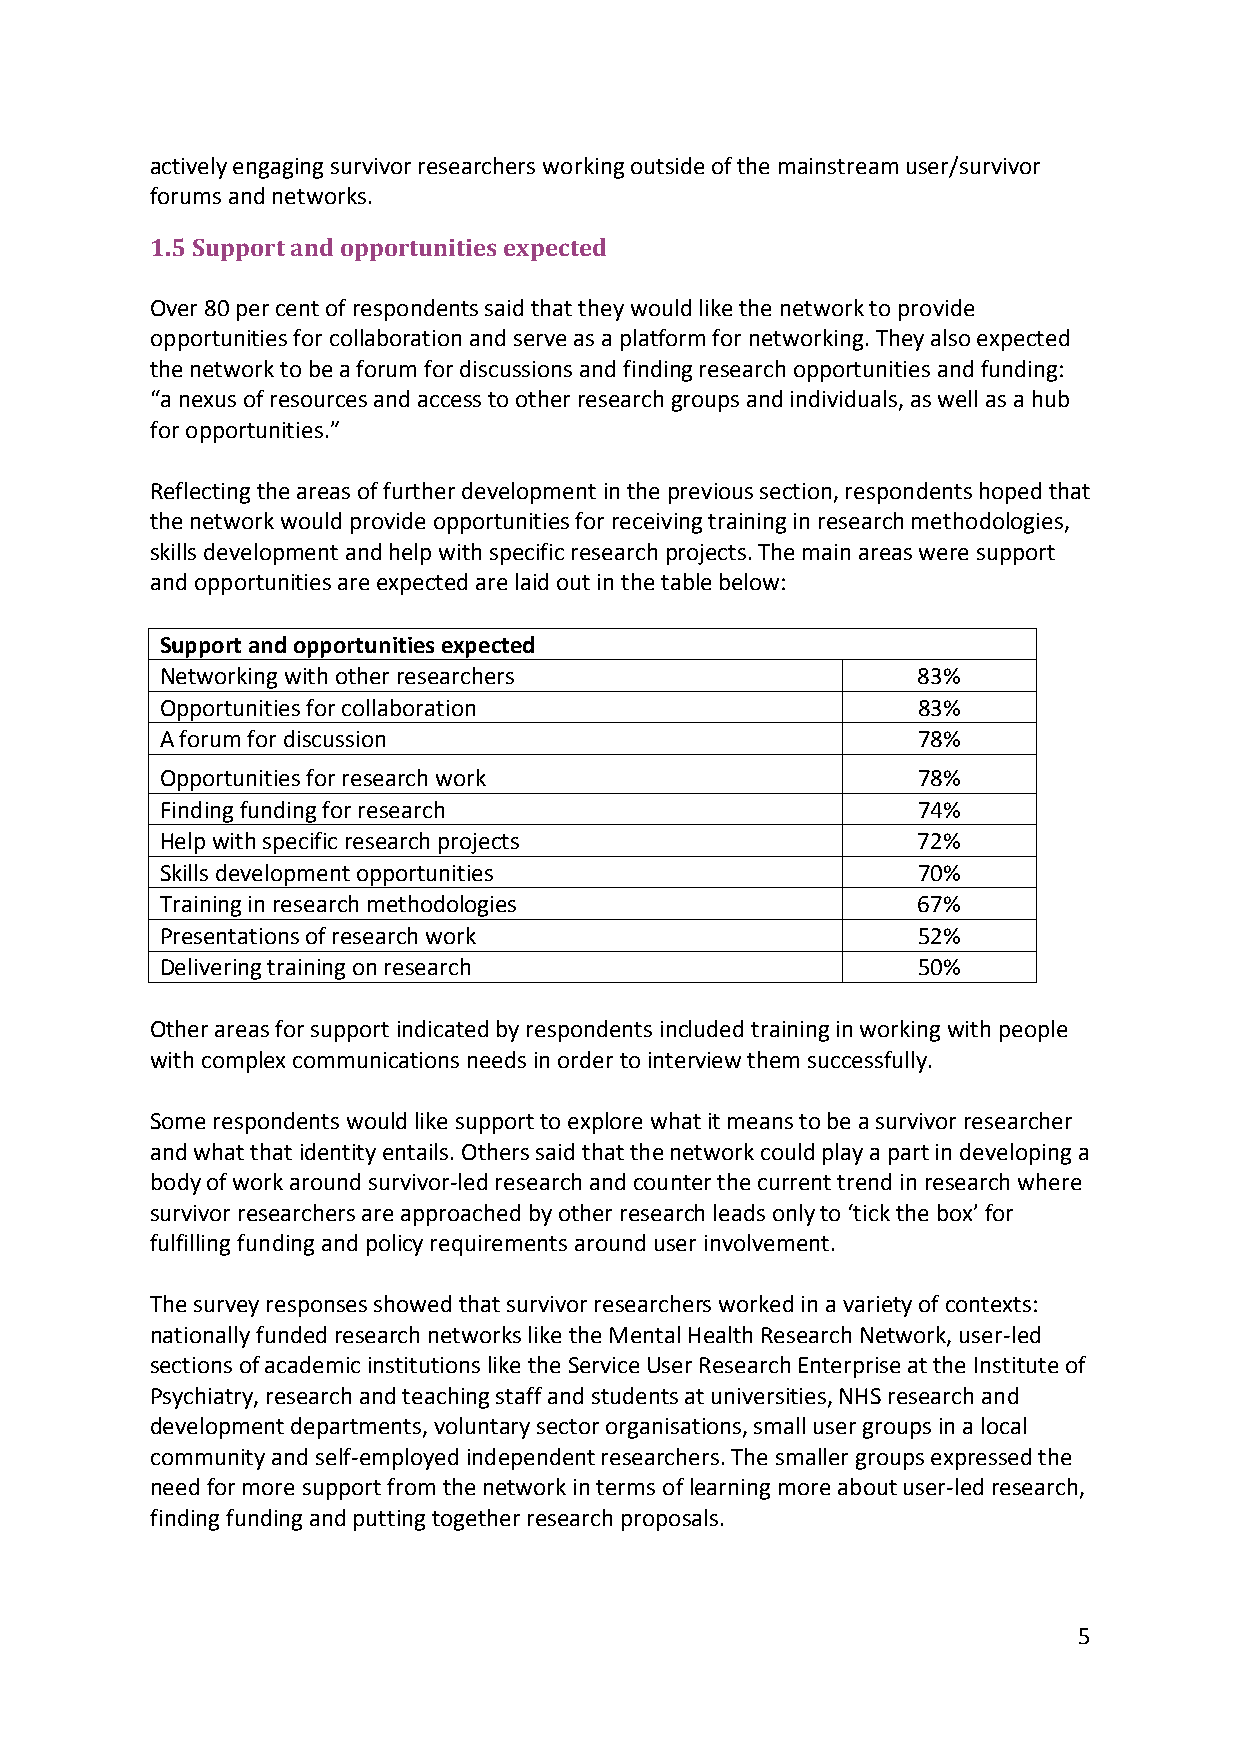
actively engaging survivor researchers working outside of the mainstream user/survivor
 forums and networks.
 1.5 Support and opportunities expected
 Over 80 per cent of respondents said that they would like the network to provide
 opportunities for collaboration and serve as a platform for networking. They also expected
 the network to be a forum for discussions and finding research opportunities and funding:
 “a nexus of resources and access to other research groups and individuals, as well as a hub
 for opportunities.”
 Reflecting the areas of further development in the previous section, respondents hoped that
 the network would provide opportunities for receiving training in research methodologies,
 skills development and help with specific research projects. The main areas were support
 and opportunities are expected are laid out in the table below:
 Support and opportunities expected
 Networking with other researchers                 83%
 Opportunities for collaboration                   83%
 A forum for discussion                            78%
 Opportunities for research work                   78%
 Finding funding for research                      74%
 Help with specific research projects              72%
 Skills development opportunities                  70%
 Training in research methodologies                67%
 Presentations of research work                    52%
 Delivering training on research                   50%
 Other areas for support indicated by respondents included training in working with people
 with complex communications needs in order to interview them successfully.
 Some respondents would like support to explore what it means to be a survivor researcher
 and what that identity entails. Others said that the network could play a part in developing a
 body of work around survivor-led research and counter the current trend in research where
 survivor researchers are approached by other research leads only to ‘tick the box’ for
 fulfilling funding and policy requirements around user involvement.
 The survey responses showed that survivor researchers worked in a variety of contexts:
 nationally funded research networks like the Mental Health Research Network, user-led
 sections of academic institutions like the Service User Research Enterprise at the Institute of
 Psychiatry, research and teaching staff and students at universities, NHS research and
 development departments, voluntary sector organisations, small user groups in a local
 community and self-employed independent researchers. The smaller groups expressed the
 need for more support from the network in terms of learning more about user-led research,
 finding funding and putting together research proposals.
 5